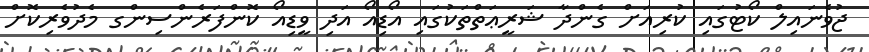
ޖުވެނައިލް ކޯޓުގައި ކުރިއަށް ގެންދާ ޝަރީޢަތްތަކުގައި އޯޑިއޯ އަދި ވީޑިއޯ ކޮންފަރެންސިންގ މެދުވެރިކޮށް